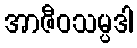
အာဇီဝသမ္ပဒါ